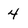
Character: 4